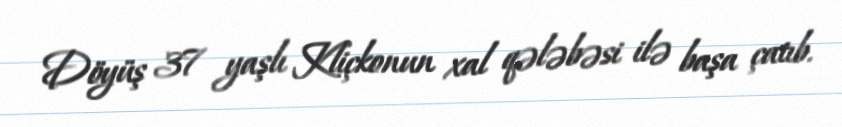
Döyüş 37 yaşlı Kliçkonun xal qələbəsi ilə başa çatıb.